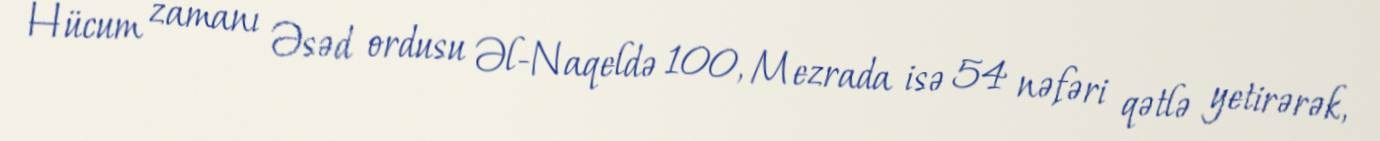
Hücum zamanı Əsəd ordusu Əl-Naqeldə 100, Mezrada isə 54 nəfəri qətlə yetirərək,